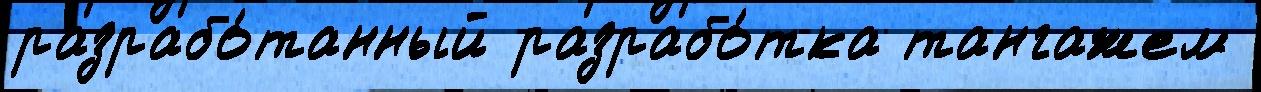
разрабо́танный разрабо́тка тангажем